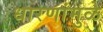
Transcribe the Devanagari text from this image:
धारणांमुळे